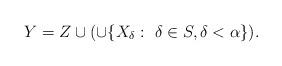
LaTeX: \begin{align*} Y = Z \cup (\cup\{X_\delta: \ \delta \in S, \delta < \alpha \}). \end{align*}